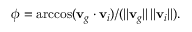
\phi = \operatorname { a r c c o s } ( \mathbf { v } _ { g } \cdot \mathbf { v } _ { i } ) / ( | | \mathbf { v } _ { g } | | \, | | \mathbf { v } _ { i } | | ) .